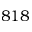
8 1 8